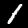
Digit: 1